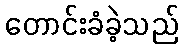
တောင်းခံခဲ့သည်